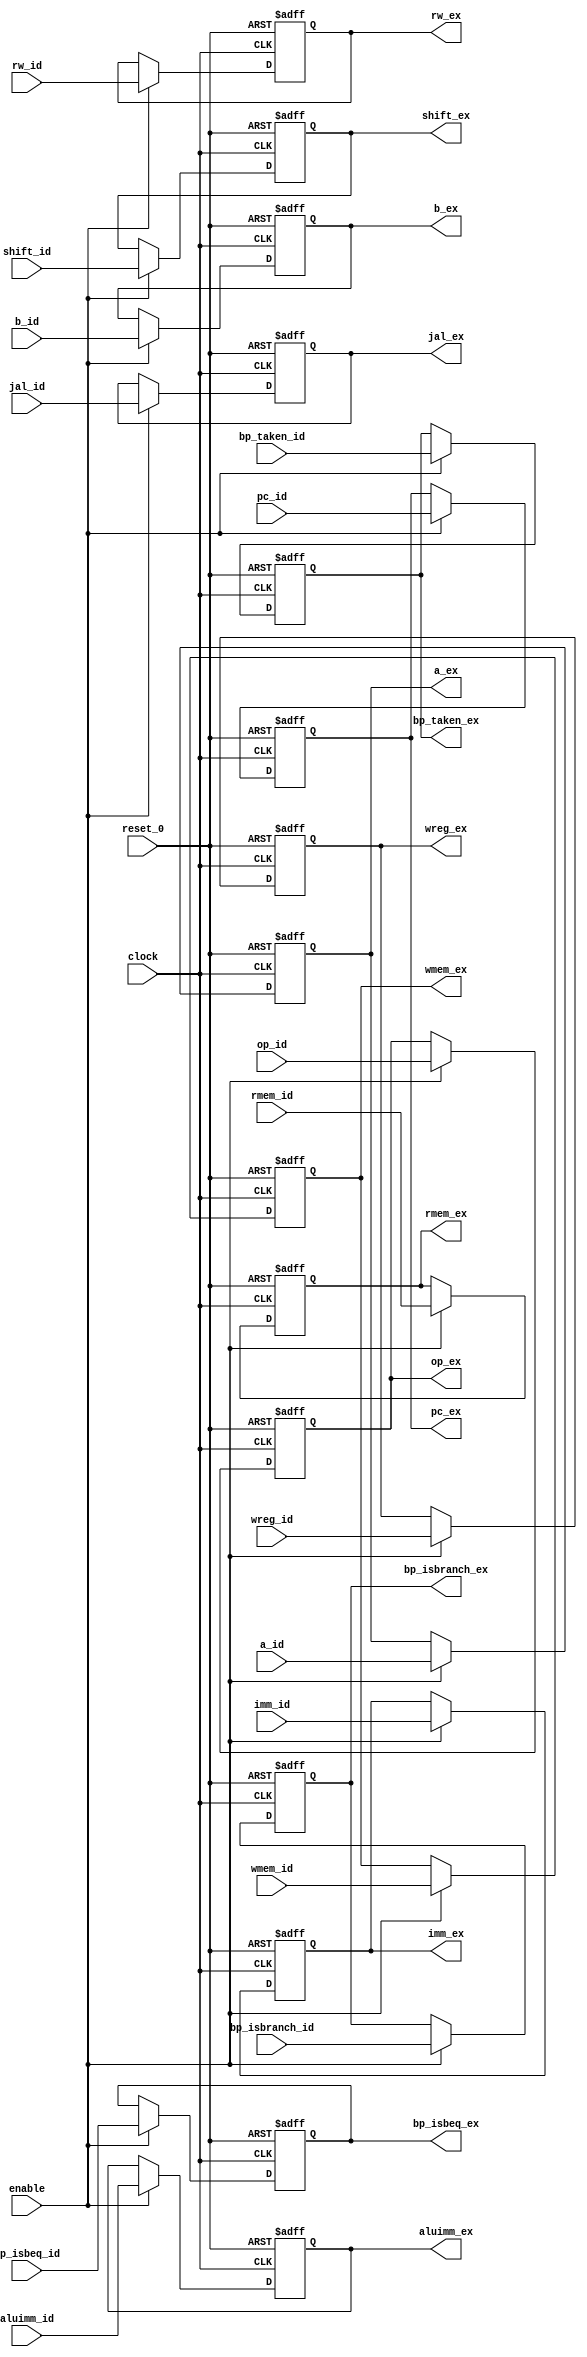
/*
	
	Computer System (1) ------ Final Project
	MIPS 5-Level Pipeline CPU (Advanced)

	Author: 	Xu Yifei	&	Zhang Yiyi
	Stu. ID:	5130309056	&	5132409031
	Class: 		F1324004(ACM2013)
	College:	Zhiyuan College
	University: Shanghai Jiao Tong University

	File type:	Verilog --- Stage TRS
	File name:	Stage 2-3 --- ID->EX Register

	Version:
        0.1     2015/6/8    Version alpha;
		
*/

module reg_idex (clock, reset_0, a_id, b_id, imm_id, pc_id, rw_id, op_id, wreg_id, wmem_id, rmem_id, aluimm_id, shift_id, jal_id, bp_taken_id, bp_isbeq_id, bp_isbranch_id,
						 enable, a_ex, b_ex, imm_ex, pc_ex, rw_ex, op_ex, wreg_ex, wmem_ex, rmem_ex, aluimm_ex, shift_ex, jal_ex, bp_taken_ex, bp_isbeq_ex, bp_isbranch_ex); 

	input	[31:0]	a_id, b_id, imm_id, pc_id;
	input 	[4:0]	rw_id;
	input	[3:0]	op_id;
	input	wreg_id, wmem_id, rmem_id, aluimm_id, shift_id, jal_id, bp_taken_id, bp_isbeq_id, bp_isbranch_id;
	input	clock, reset_0, enable;

	output reg	[31:0]	a_ex, b_ex, imm_ex, pc_ex;
	output reg	[4:0]	rw_ex;
	output reg	[3:0]	op_ex;
	output reg	wreg_ex, wmem_ex, rmem_ex, aluimm_ex, shift_ex, jal_ex, bp_taken_ex, bp_isbeq_ex, bp_isbranch_ex;

	always @(negedge reset_0 or posedge clock)
		if (reset_0 == 0) begin
			a_ex <= 0;
			b_ex <= 0;
			imm_ex <= 0;
			pc_ex <= 0;
			rw_ex <= 0;
			op_ex <= 0;
			wreg_ex <= 0;
			wmem_ex <= 0;
			rmem_ex <= 0;
			aluimm_ex <= 0;
			shift_ex <= 0;
			jal_ex <= 0;
			bp_taken_ex <= 0;
			bp_isbeq_ex <= 0;
			bp_isbranch_ex <= 0;
		end else if (enable) begin
			a_ex <= a_id;
			b_ex <= b_id;
			imm_ex <= imm_id;
			pc_ex <= pc_id;
			rw_ex <= rw_id;
			op_ex <= op_id;
			wreg_ex <= wreg_id;
			wmem_ex <= wmem_id;
			rmem_ex <= rmem_id;
			aluimm_ex <= aluimm_id;
			shift_ex <= shift_id;
			jal_ex <= jal_id;
			bp_taken_ex <= bp_taken_id;
			bp_isbeq_ex <= bp_isbeq_id;
			bp_isbranch_ex <= bp_isbranch_id;
		end

endmodule